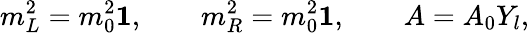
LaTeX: m_{L}^{2}=m_{0}^{2}\mathbf{1},\qquad m_{R}^{2}=m_{0}^{2}\mathbf{1},\qquad A=A_{0}Y_{l},